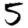
Digit: 5